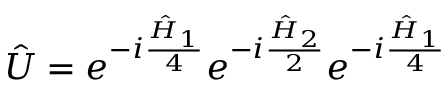
\hat { U } = e ^ { - i \frac { \hat { H } _ { 1 } } { 4 } } e ^ { - i \frac { \hat { H } _ { 2 } } { 2 } } e ^ { - i \frac { \hat { H } _ { 1 } } { 4 } }